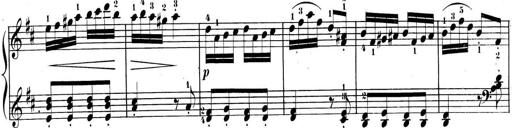
Title: 3 Sonatinen, Op.8
Composer: Isidor Wilhelm Seiss